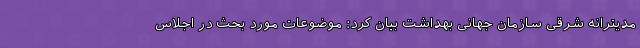
مدیترانه شرقی سازمان جهانی بهداشت بیان کرد: موضوعات مورد بحث در اجلاس